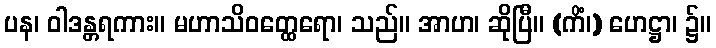
ပန၊ ဝါဒန္တရကား။ မဟာသိဝတ္ထေရော၊ သည်။ အာဟ၊ ဆိုပြီ။ (ကိံ၊) ဟေဋ္ဌာ၊ ၌။